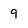
Character: 9